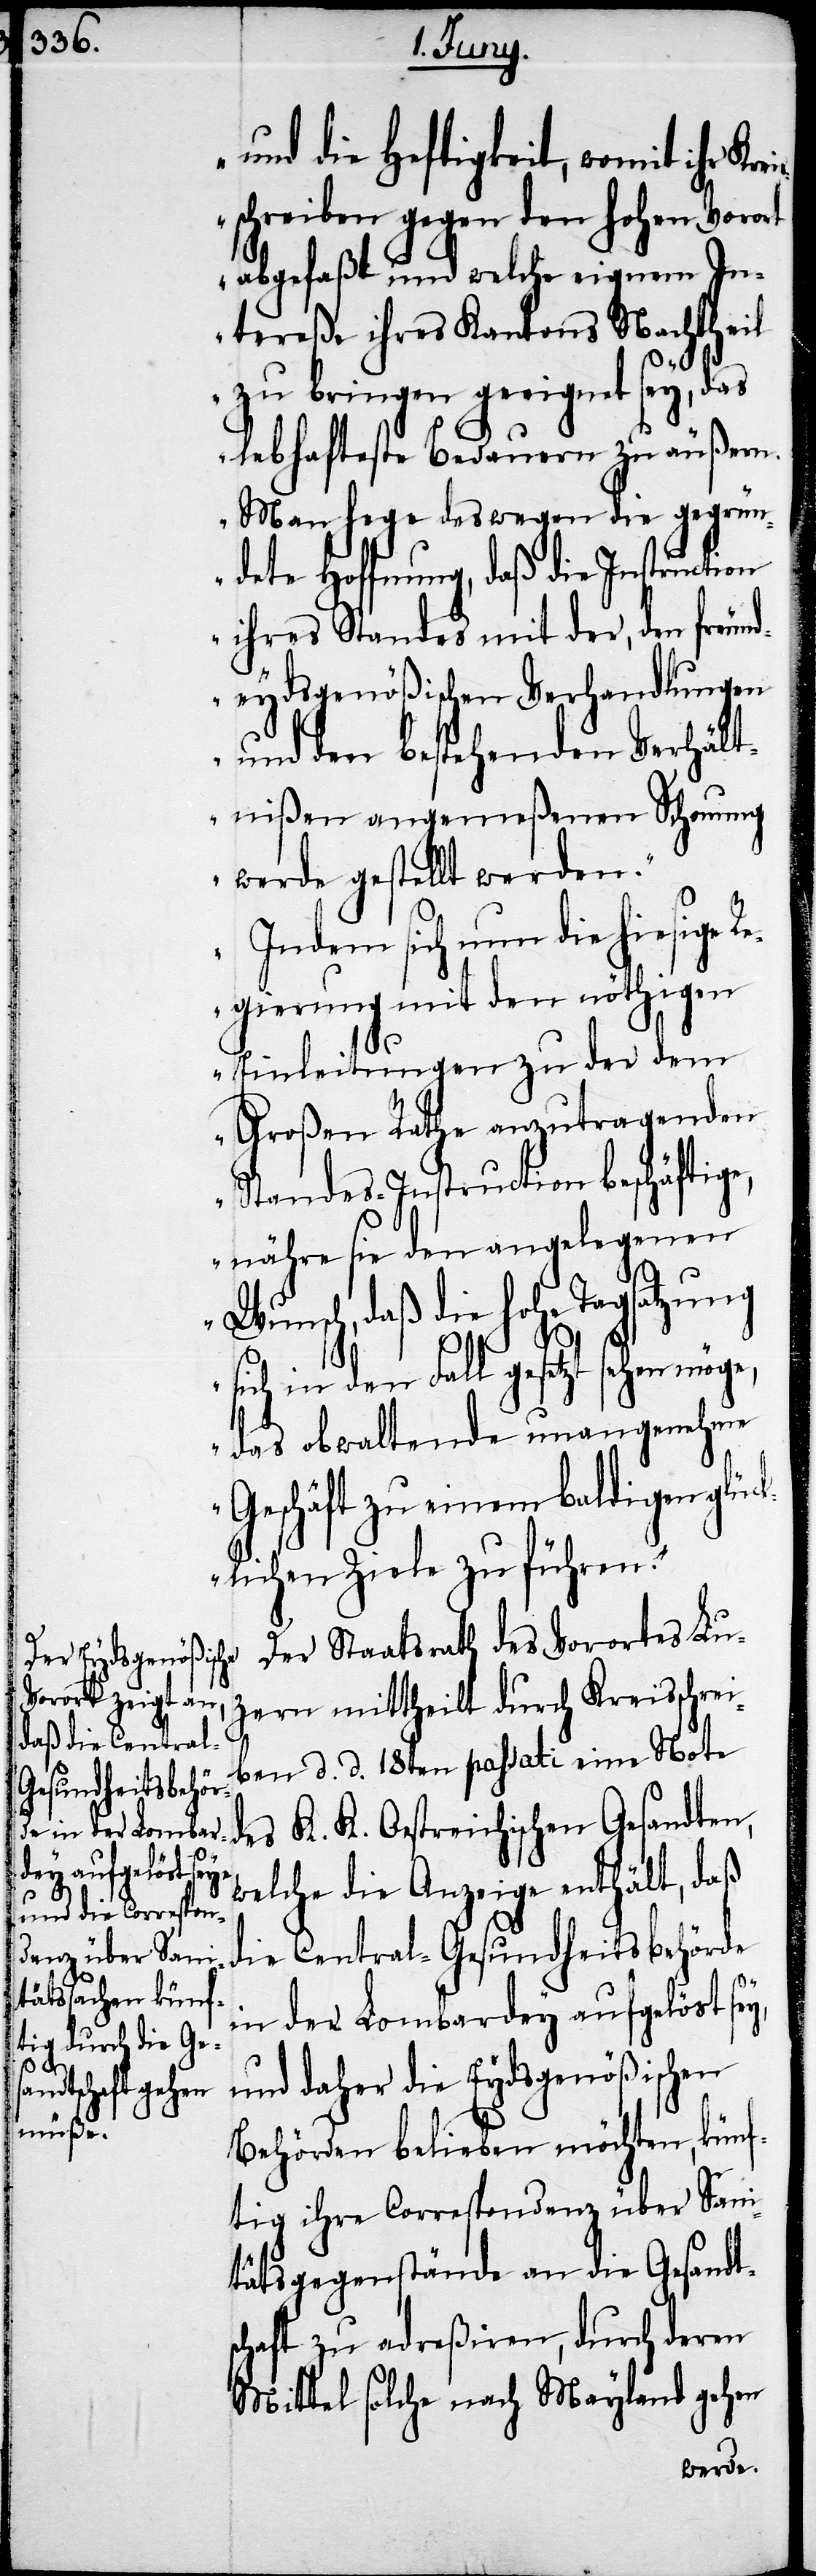
und die Heftigkeit, womit ihr Kr¬
schreiben gegen den hohen Vorort
abgefaßt und welche eigenen In¬
tereße ihres Kantons Nachtheil
zu bringen geeignet sey, das
lebhafteste Bedauern zu äußern.
Man hege deswegen die gegrün¬
dete Hoffnung, daß die Instruction
ihres Standes mit der, den freun¬
deydsgenößischen Verhandlungen
und den bestehenden Verhält¬
nißen angemeßenen Schonung
werde gestellt werden.
Indem sich nun die hiesige R¬
egierung mit den nöthigen
Einleitungen zu der dem
Großen Rathe anzutragenden
Standes-Instruction beschäftige,
nähre sie den angelegenen
Wunsch, daß die hohe Tagsatzung
eis¬
sich in den Fall gesetzt sehen möge,
das obwaltende unangenehme
Geschäft zu einem baldigen glü¬
cklichen Ziele zu führen.“
Der Staatsraht des Vorortes Lu¬
zern mittheilt durch Kreisschrei¬
ben d. d. 18ten passati eine Note
Oestreichischen
welche die Anzeige enthält, daß
die Central-Gesundheitsbehörde
in der Lombardey aufgelöst sey,
und daher die Eydsgenößischen
Behörden belieben möchten, künf¬
tig ihre Correspondenz über Sani¬
tätsgegenstände an die Gesandt¬
schaft zu adreßiren, durch deren
Mittel solche nach Mayland gehen